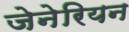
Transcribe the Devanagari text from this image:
जेनेरियन